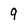
Character: 9